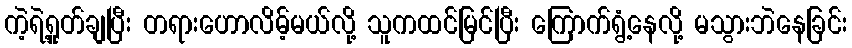
ကဲ့ရဲ့ရှုတ်ချပြီး တရားဟောလိမ့်မယ်လို့ သူကထင်မြင်ပြီး ကြောက်ရွံ့နေလို့ မသွားဘဲနေခြင်း